Indian journal of veterinary science and animal husbandry - Volume 5,
Year: 1935
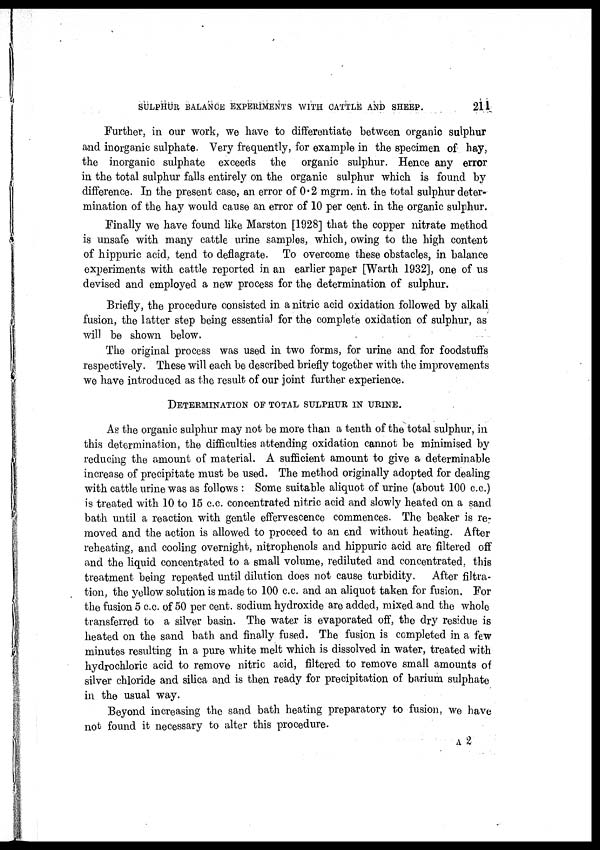
SULPHUR BALANCE EXPERIMENTS WITH CATTLE AND SHEEP.
211
Further, in our work, we have to differentiate between organic sulphur
and inorganic sulphate. Very frequently, for example in the specimen of hay,
the inorganic sulphate exceeds the organic sulphur. Hence any error
in the total sulphur falls entirely on the organic sulphur which is found by
difference. In the present case, an error of 0.2 mgrm. in the total sulphur deter-
mination of the hay would cause an error of 10 per cent. in the organic sulphur.
Finally we have found like Marston [1928] that the copper nitrate method
is unsafe with many cattle urine samples, which, owing to the high content
of hippuric acid, tend to deflagrate. To overcome these obstacles, in balance
experiments with cattle reported in an earlier paper [Warth 1932], one of us
devised and employed a new process for the determination of sulphur.
Briefly, the procedure consisted in a nitric acid oxidation followed by alkali
fusion, the latter step being essential for the complete oxidation of sulphur, as
will be shown below.
The original process was used in two forms, for urine and for foodstuffs
respectively. These will each be described briefly together with the improvements
we have introduced as the result of our joint further experience.
DETERMINATION OF TOTAL SULPHUR IN URINE.
As the organic sulphur may not be more than a tenth of the total sulphur, in
this determination, the difficulties attending oxidation cannot be minimised by
reducing the amount of material. A sufficient amount to give a determinable
increase of precipitate must be used. The method originally adopted for dealing
with cattle urine was as follows : Some suitable aliquot of urine (about 100 c.c.)
is treated with 10 to 15 c.c. concentrated nitric acid and slowly heated on a sand
bath until a reaction with gentle effervescence commences. The beaker is re-
moved and the action is allowed to proceed to an end without heating. After
reheating, and cooling overnight, nitrophenols and hippuric acid are filtered off
and the liquid concentrated to a small volume, rediluted and concentrated, this
treatment being repeated until dilution does not cause turbidity. After filtra-
tion, the yellow solution is made to 100 c.c. and an aliquot taken for fusion. For
the fusion 5 c.c. of 50 per cent. sodium hydroxide are added, mixed and the whole
transferred to a silver basin. The water is evaporated off, the dry residue is
heated on the sand bath and finally fused. The fusion is completed in a few
minutes resulting in a pure white melt which is dissolved in water, treated with
hydrochloric acid to remove nitric acid, filtered to remove small amounts of
silver chloride and silica and is then ready for precipitation of barium sulphate
in the usual way.
Beyond increasing the sand bath heating preparatory to fusion, we have
not found it necessary to alter this procedure.
2